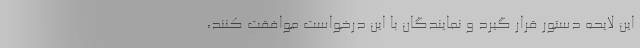
این لایحه دستور قرار گیرد و نمایندگان با این درخواست موافقت کنند،